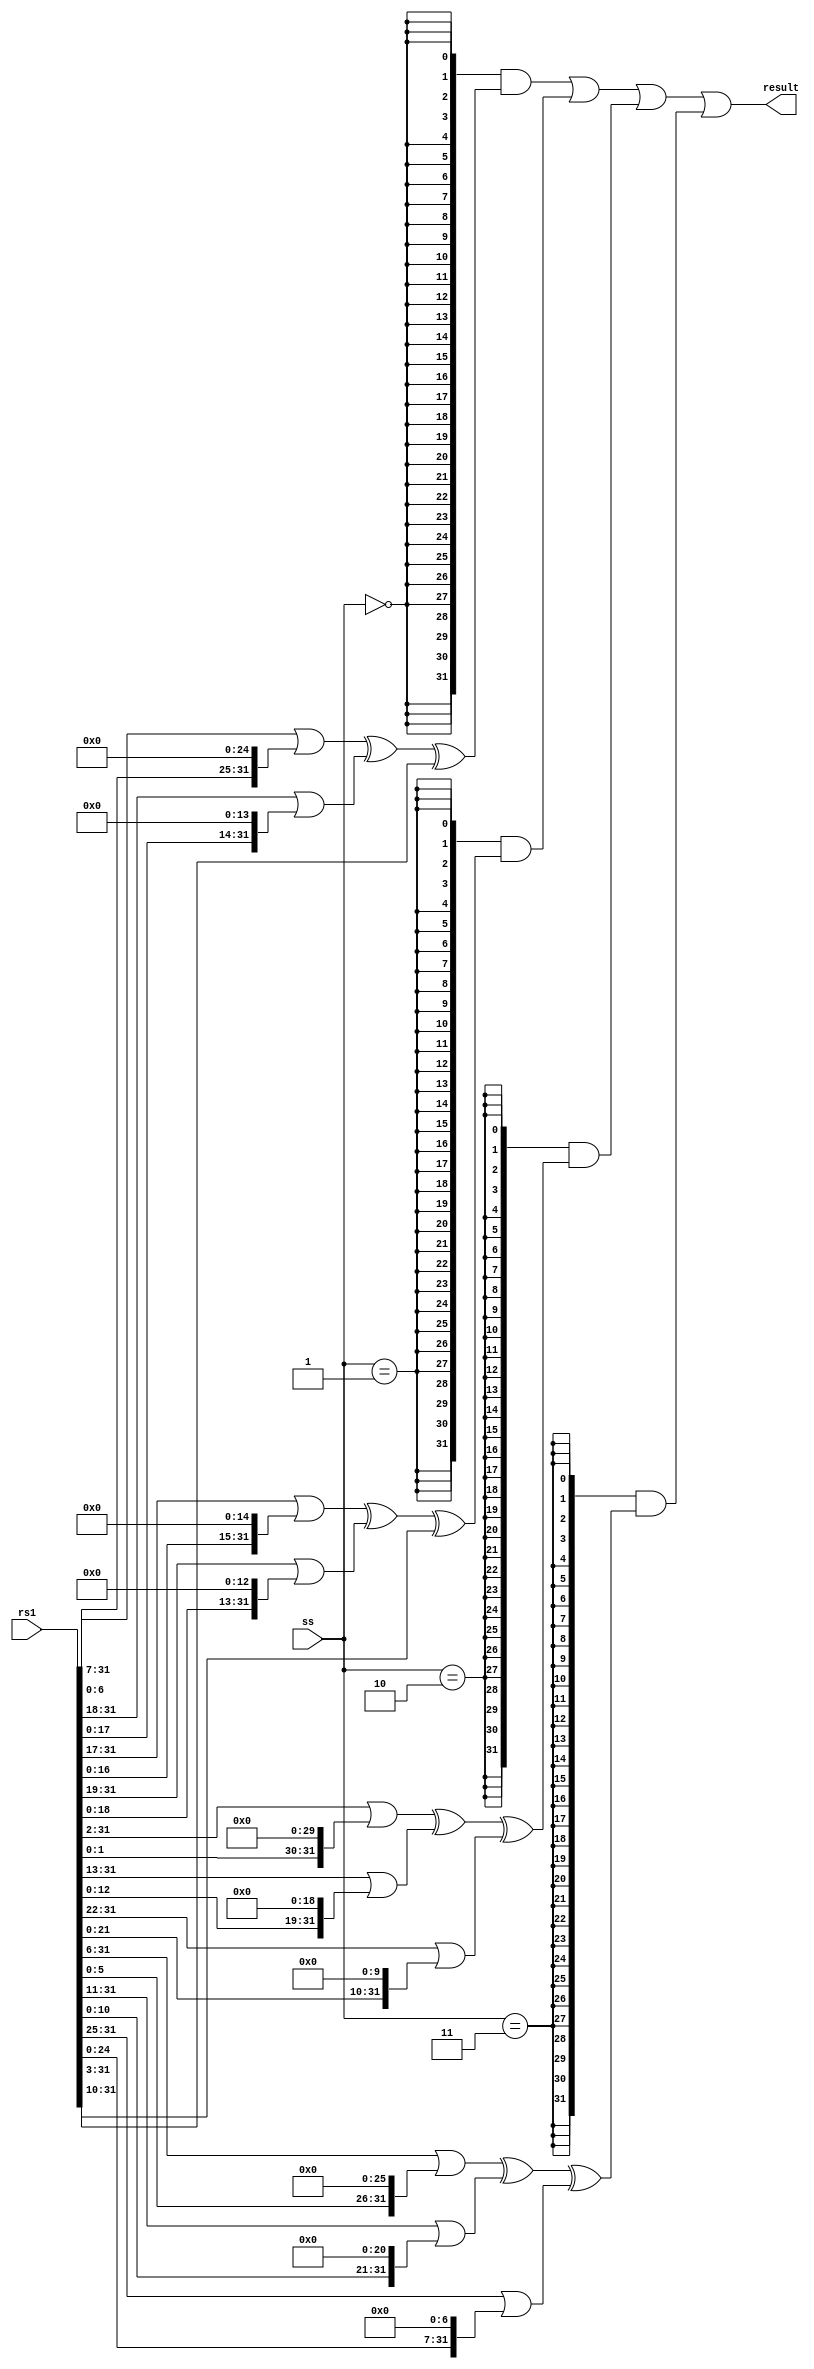

//
// module: xc_sha256
//
//  Implements the light-weight SHA256 instruction functions.
//
module xc_sha256 (

input  wire [31:0] rs1   , // Input source register 1
input  wire [ 1:0] ss    , // Exactly which transformation to perform?

output wire [31:0] result  // 

);

`define ROR32(a,b) ((a >> b) | (a << 32-b))
`define SRL32(a,b) ((a >> b)              )

//
// Which transformation to perform?
wire s0 = ss == 2'b00;
wire s1 = ss == 2'b01;
wire s2 = ss == 2'b10;
wire s3 = ss == 2'b11;

wire [31:0] s0_result = 
    (`ROR32(rs1, 7)) ^
    (`ROR32(rs1,18)) ^
    (`SRL32(rs1, 3)) ;

wire [31:0] s1_result = 
    (`ROR32(rs1,17)) ^
    (`ROR32(rs1,19)) ^
    (`SRL32(rs1,10)) ;

wire [31:0] s2_result = 
    (`ROR32(rs1, 2)) ^
    (`ROR32(rs1,13)) ^
    (`ROR32(rs1,22)) ;

wire [31:0] s3_result = 
    (`ROR32(rs1, 6)) ^
    (`ROR32(rs1,11)) ^
    (`ROR32(rs1,25)) ;

assign result =
    {32{s0}} & s0_result |
    {32{s1}} & s1_result |
    {32{s2}} & s2_result |
    {32{s3}} & s3_result ;

`undef ROR32
`undef SRL32

endmodule